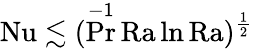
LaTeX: \mathrm{{Nu}}\lesssim(\operatorname*{Pr}^{-1}\mathrm{{Ra}}\ln\mathrm{{Ra}})^{\frac 12}